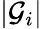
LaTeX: |\mathcal{G}_{i}|